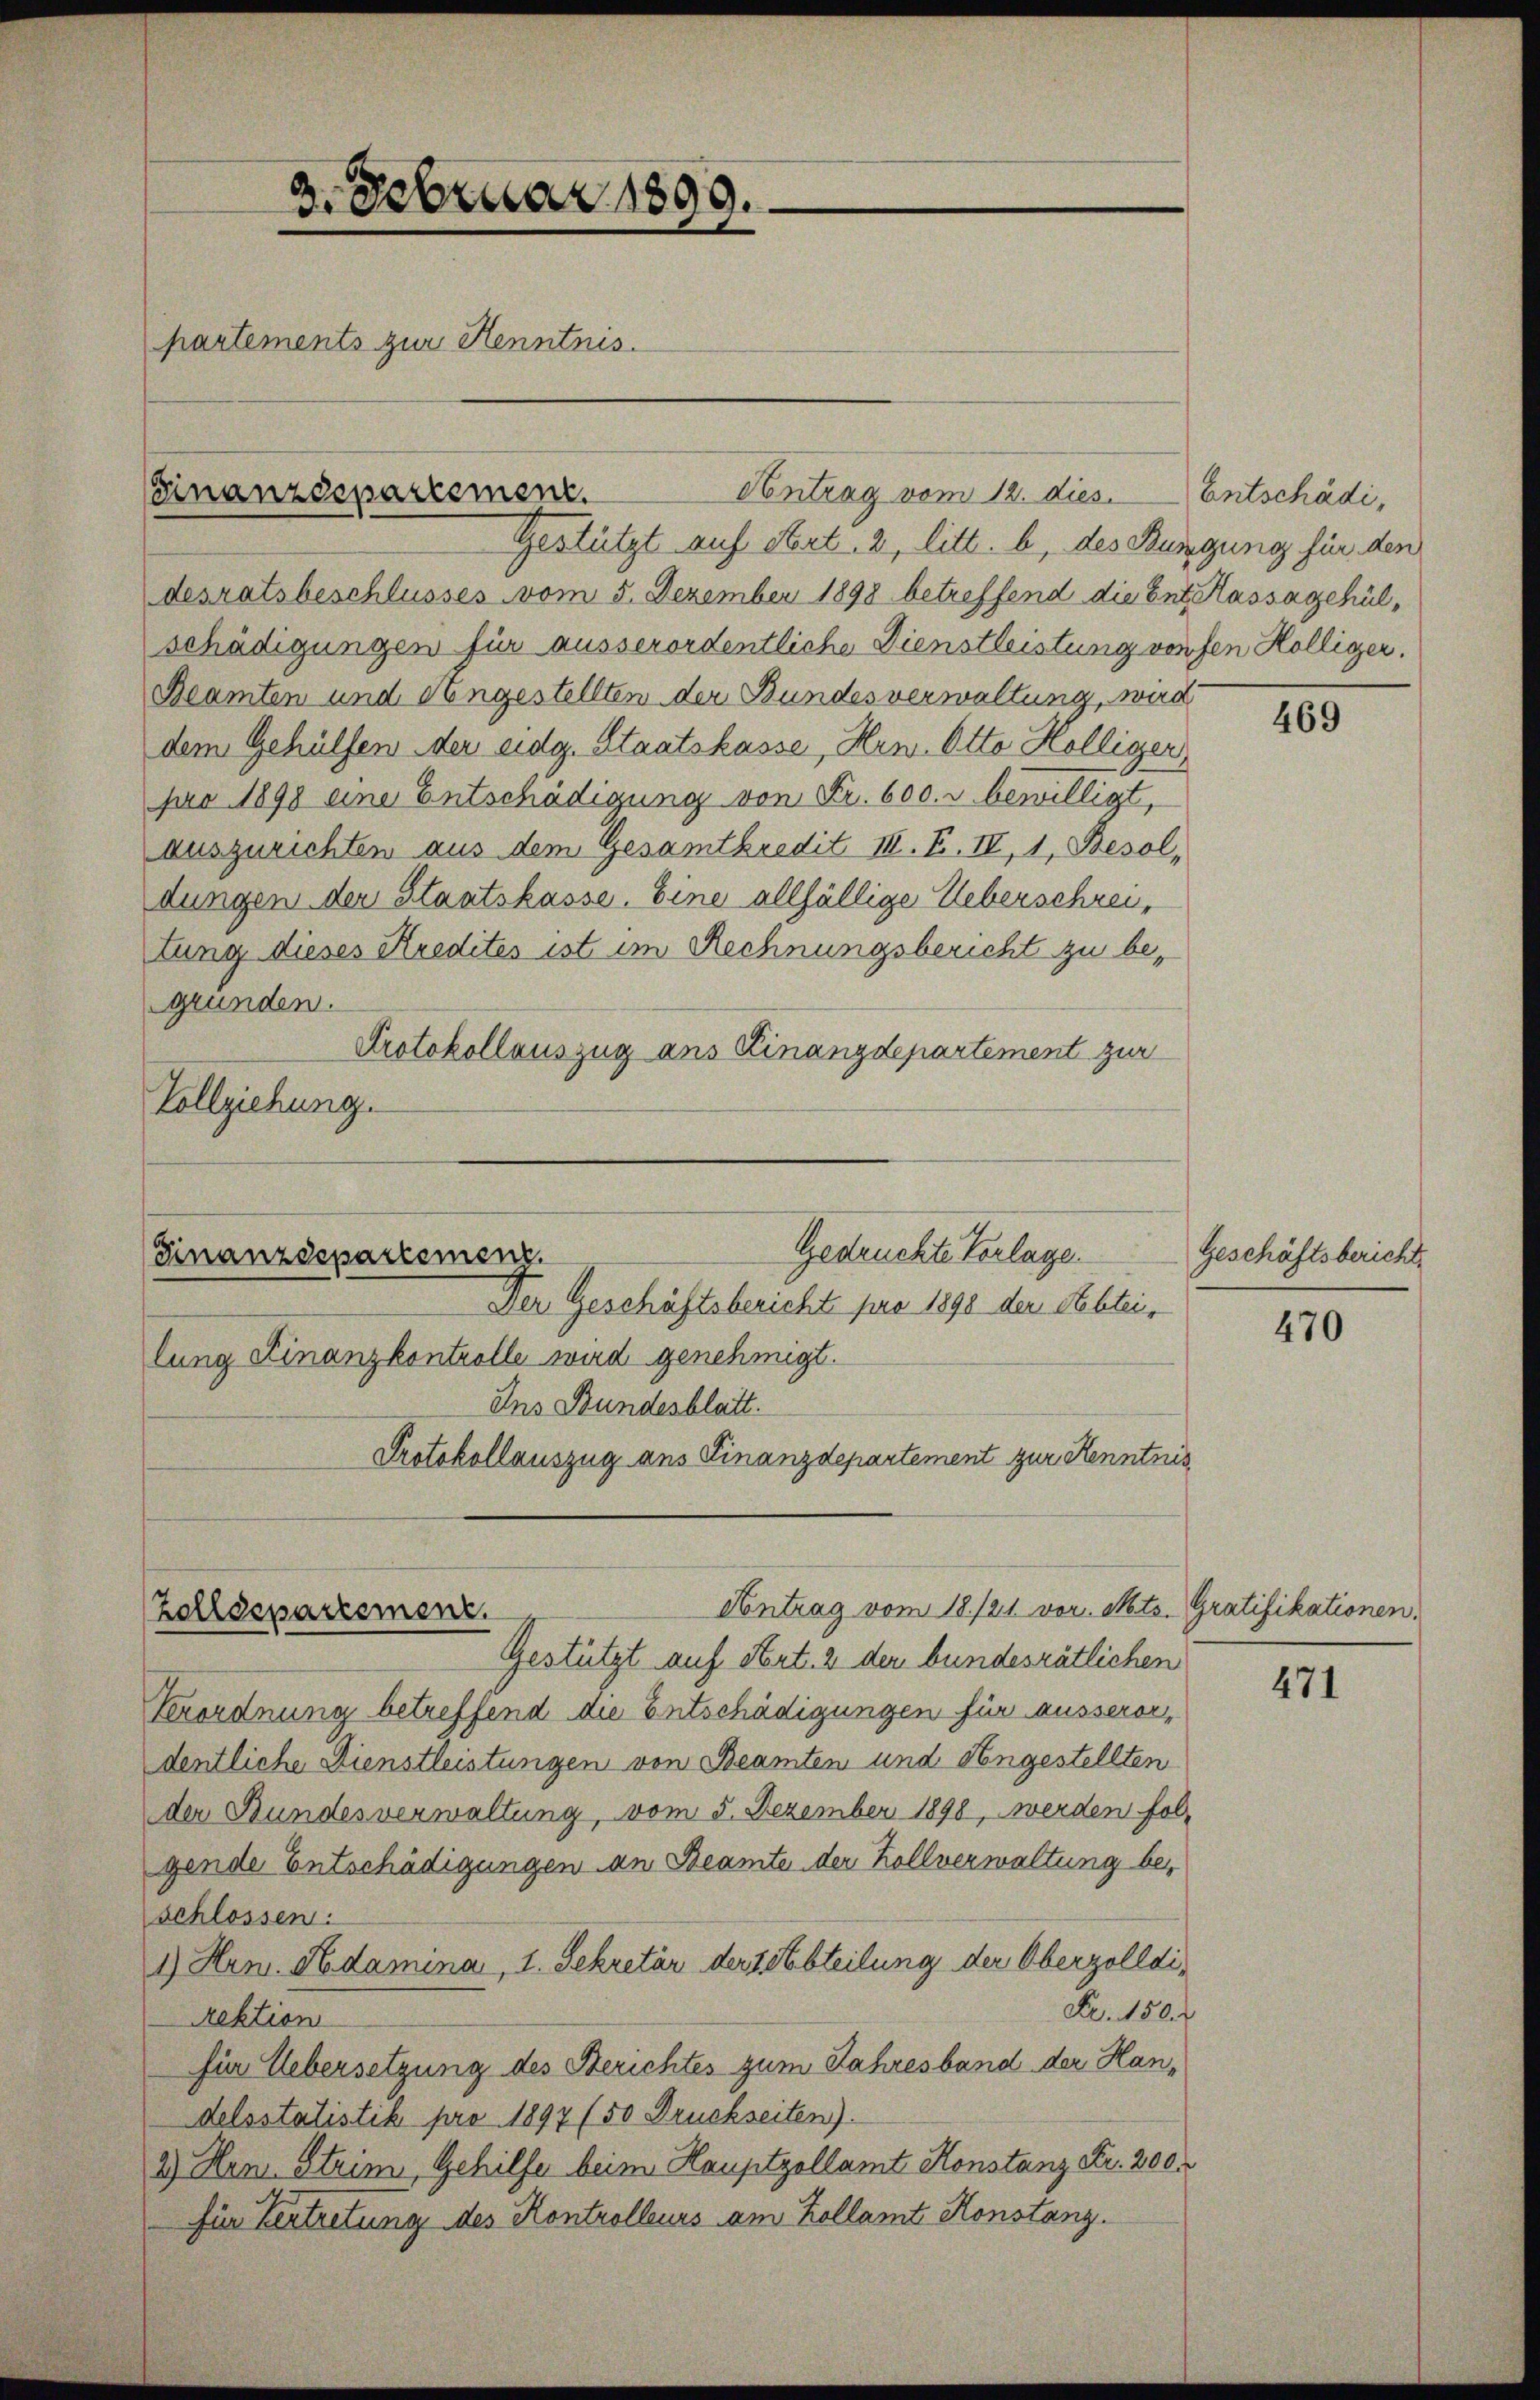
3. Februar 1899.
partements zur Henntnis.

Finanzdepartement.

Gedrückte Verlage
Finanzdepartement.
Contrag vom 18./21. vor. Mts. Gratifikationen,
Zolldepartement.

Der Geschäftsbericht pro 1898 der Rechtei
lung Finanzkontrolle wird genehmigt.
Ins Bundesblatt.
Protokollauszug aus Finanzdepartement zur Kenntnis,

Antrag vom 12. dies. Entschädi¬
Gestützt auf Art. 2, litt. b, des Küngung für den
desratsbeschlusses vom 5. Dezember 1898 betreffend die Ent Kassagehülschädigungen für ausserordentliche Dienstleistung vonsen Hölliger.
Beamten und Angestellten der Bundesverwaltung, wird
dem Gehülfen der eidg. Staatskasse, Hrn. Otto Hölliger
pro 1898 eine Entschädigung von Fr. 600. r bewilligt,
auszurichten aus dem Gesamtkredit II. F. IV, 1, Besol,
dungen der Staatskasse. Eine allfällige Ueberschreitung dieses Kredites ist im Rechnungsbericht zu begründen.
Protokollauszug aus Finanzdepartement zur
Vollziehung.

Gestützt auf Art. 2 der bundesrätlichen
Verordnung betreffend die Entschädigungen für ausserordentliche Dienstleistungen von Beamten und Angestellten
der Bundesverwaltung, vom 5. Dezember 1898, werden fol-
gende Entschädigungen an Beamte der Zollverwaltung beschlossen.
1.) Hen. Adamina, 1. Sekretär der Abteilung der Oberzolldi¬
Fr. 150.
rektion
für Uebersetzung des Berichtes zum Jahresband der Handelsstatistik pro 1897 (50 Druckseiten).
2.) Hem. Strim, Gehilfe beim Hauptzollamt Honstanz Fr. 300.
für Vertretung des Kontrolleurs am Kollamt Konstanz.

469

Geschäftsbericht.

470

471